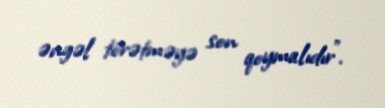
əngəl törətməyə son qoymalıdır".